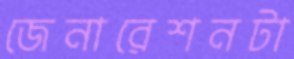
জেনারেশনটা